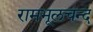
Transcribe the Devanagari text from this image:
रामभूलचन्द